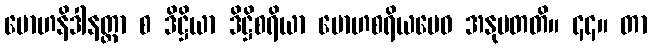
မောဟနိဒါနတ္တာ စ ဒိဋ္ဌိယာ ဒိဋ္ဌိစရိယာ မောဟစရိယမေဝ အနုပတတိ။ ၄၄။ တာ